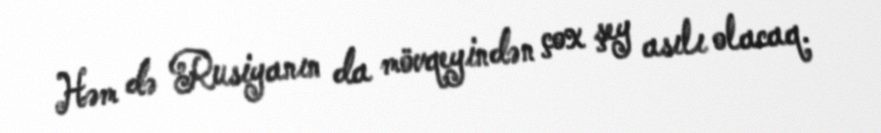
Həm də Rusiyanın da mövqeyindən çox şey asılı olacaq.